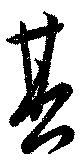
其